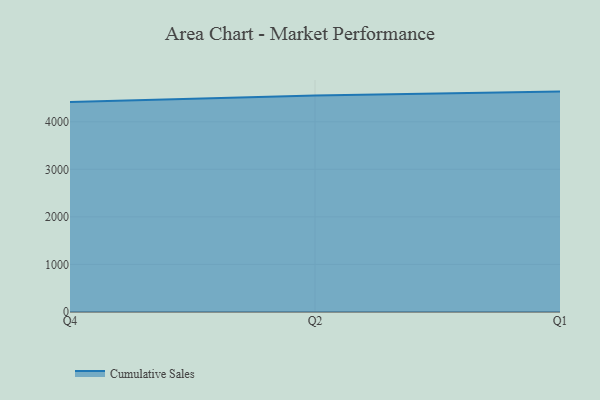
{"axis": {"x": "Quarter", "y": "Conversion Rate (%)"}, "legend": ["Cumulative Sales"], "data": [{"x": "Q4", "y": 4416.6, "type": "Cumulative Sales"}, {"x": "Q2", "y": 4552.0, "type": "Cumulative Sales"}, {"x": "Q1", "y": 4633.9, "type": "Cumulative Sales"}]}